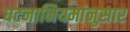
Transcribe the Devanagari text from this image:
घटनानियमांनुसार